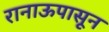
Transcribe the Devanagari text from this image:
रानाऊपासून